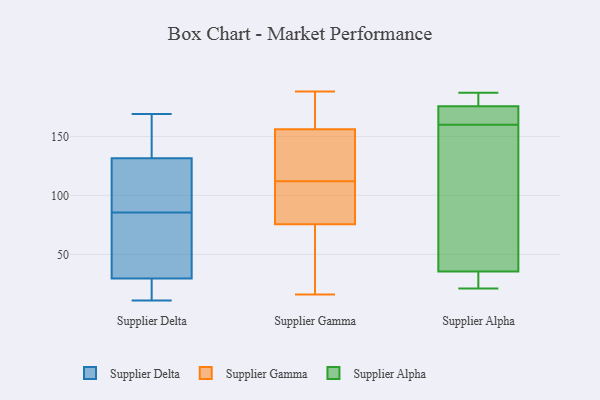
{"axis": {"x": "Customer Acquisition Cost (USD)", "y": "Value"}, "legend": ["Supplier Alpha", "Supplier Delta", "Supplier Gamma"], "data": [{"x": "", "y": 123, "type": "Supplier Delta"}, {"x": "", "y": 150, "type": "Supplier Delta"}, {"x": "", "y": 95, "type": "Supplier Delta"}, {"x": "", "y": 11, "type": "Supplier Delta"}, {"x": "", "y": 36, "type": "Supplier Delta"}, {"x": "", "y": 169, "type": "Supplier Delta"}, {"x": "", "y": 22, "type": "Supplier Delta"}, {"x": "", "y": 140, "type": "Supplier Delta"}, {"x": "", "y": 94, "type": "Supplier Delta"}, {"x": "", "y": 23, "type": "Supplier Delta"}, {"x": "", "y": 77, "type": "Supplier Delta"}, {"x": "", "y": 42, "type": "Supplier Delta"}, {"x": "", "y": 150, "type": "Supplier Gamma"}, {"x": "", "y": 95, "type": "Supplier Gamma"}, {"x": "", "y": 114, "type": "Supplier Gamma"}, {"x": "", "y": 93, "type": "Supplier Gamma"}, {"x": "", "y": 71, "type": "Supplier Gamma"}, {"x": "", "y": 57, "type": "Supplier Gamma"}, {"x": "", "y": 161, "type": "Supplier Gamma"}, {"x": "", "y": 167, "type": "Supplier Gamma"}, {"x": "", "y": 114, "type": "Supplier Gamma"}, {"x": "", "y": 16, "type": "Supplier Gamma"}, {"x": "", "y": 116, "type": "Supplier Gamma"}, {"x": "", "y": 110, "type": "Supplier Gamma"}, {"x": "", "y": 105, "type": "Supplier Gamma"}, {"x": "", "y": 151, "type": "Supplier Gamma"}, {"x": "", "y": 37, "type": "Supplier Gamma"}, {"x": "", "y": 162, "type": "Supplier Gamma"}, {"x": "", "y": 47, "type": "Supplier Gamma"}, {"x": "", "y": 166, "type": "Supplier Gamma"}, {"x": "", "y": 80, "type": "Supplier Gamma"}, {"x": "", "y": 188, "type": "Supplier Gamma"}, {"x": "", "y": 169, "type": "Supplier Alpha"}, {"x": "", "y": 29, "type": "Supplier Alpha"}, {"x": "", "y": 187, "type": "Supplier Alpha"}, {"x": "", "y": 21, "type": "Supplier Alpha"}, {"x": "", "y": 42, "type": "Supplier Alpha"}, {"x": "", "y": 161, "type": "Supplier Alpha"}, {"x": "", "y": 159, "type": "Supplier Alpha"}, {"x": "", "y": 186, "type": "Supplier Alpha"}, {"x": "", "y": 29, "type": "Supplier Alpha"}, {"x": "", "y": 176, "type": "Supplier Alpha"}, {"x": "", "y": 45, "type": "Supplier Alpha"}, {"x": "", "y": 175, "type": "Supplier Alpha"}]}